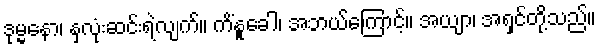
ဒုမ္မနော၊ နှလုံးဆင်းရဲလျက်။ ကိံနူခေါ၊ အဘယ်ကြောင့်။ အယျာ၊ အရှင်တို့သည်။